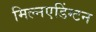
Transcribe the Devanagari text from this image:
मिल्नएडिंग्टन